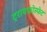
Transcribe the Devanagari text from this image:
ट्रायफ़ोस्फेट